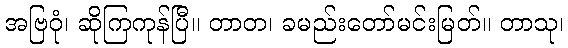
အဗြဝုံ၊ ဆိုကြကုန်ပြီ။ တာတ၊ ခမည်းတော်မင်းမြတ်။ တာသု၊